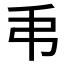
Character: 𢎣